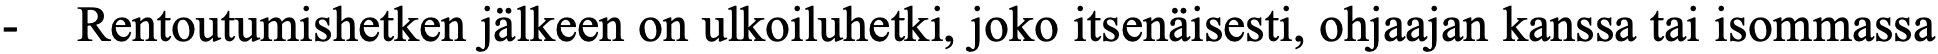
-  Rentoutumishetken jälkeen on ulkoiluhetki, joko itsenäisesti, ohjaajan kanssa tai isommassa